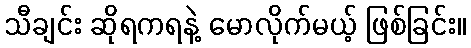
သီချင်း ဆိုရကရနဲ့ မောလိုက်မယ့် ဖြစ်ခြင်း။